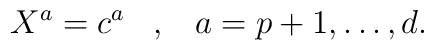
X^a = c^a \;\;\; ,\;\;\; a = p+1,\ldots , d.